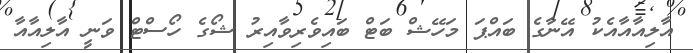
އާލިއާއާއެކު އޭނާގެ ބައްޕަ މަހޭޝް ބަޓް ބައިވެރިވާއިރު ޝޯގެ ހޯސްޓް ވަނީ އާލިއާއާ